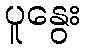
ပူနွေး